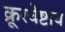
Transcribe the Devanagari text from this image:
क्रूरचेष्टाय